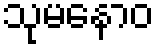
သုမနောဝ